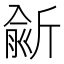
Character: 𣂮